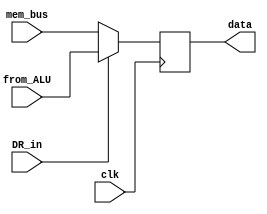
module DR(clk, DR_in, mem_bus, from_ALU, data
    );
 input clk, DR_in;
 input [7:0] mem_bus;
 input [7:0] from_ALU;
 output reg [7:0] data;
 
 always @ (negedge clk)
 if (DR_in)
 data <= from_ALU;
 else
 data <= mem_bus;


endmodule